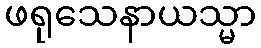
ဖရုသေနာယသ္မာ